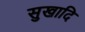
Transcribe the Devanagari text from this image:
सुखादि